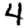
Digit: 4